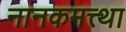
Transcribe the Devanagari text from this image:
नानकमत्त्था